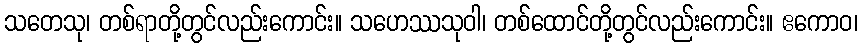
သတေသု၊ တစ်ရာတို့တွင်လည်းကောင်း။ သဟေဿသုဝါ၊ တစ်ထောင်တို့တွင်လည်းကောင်း။ ဧကောဝ၊